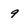
Character: 9